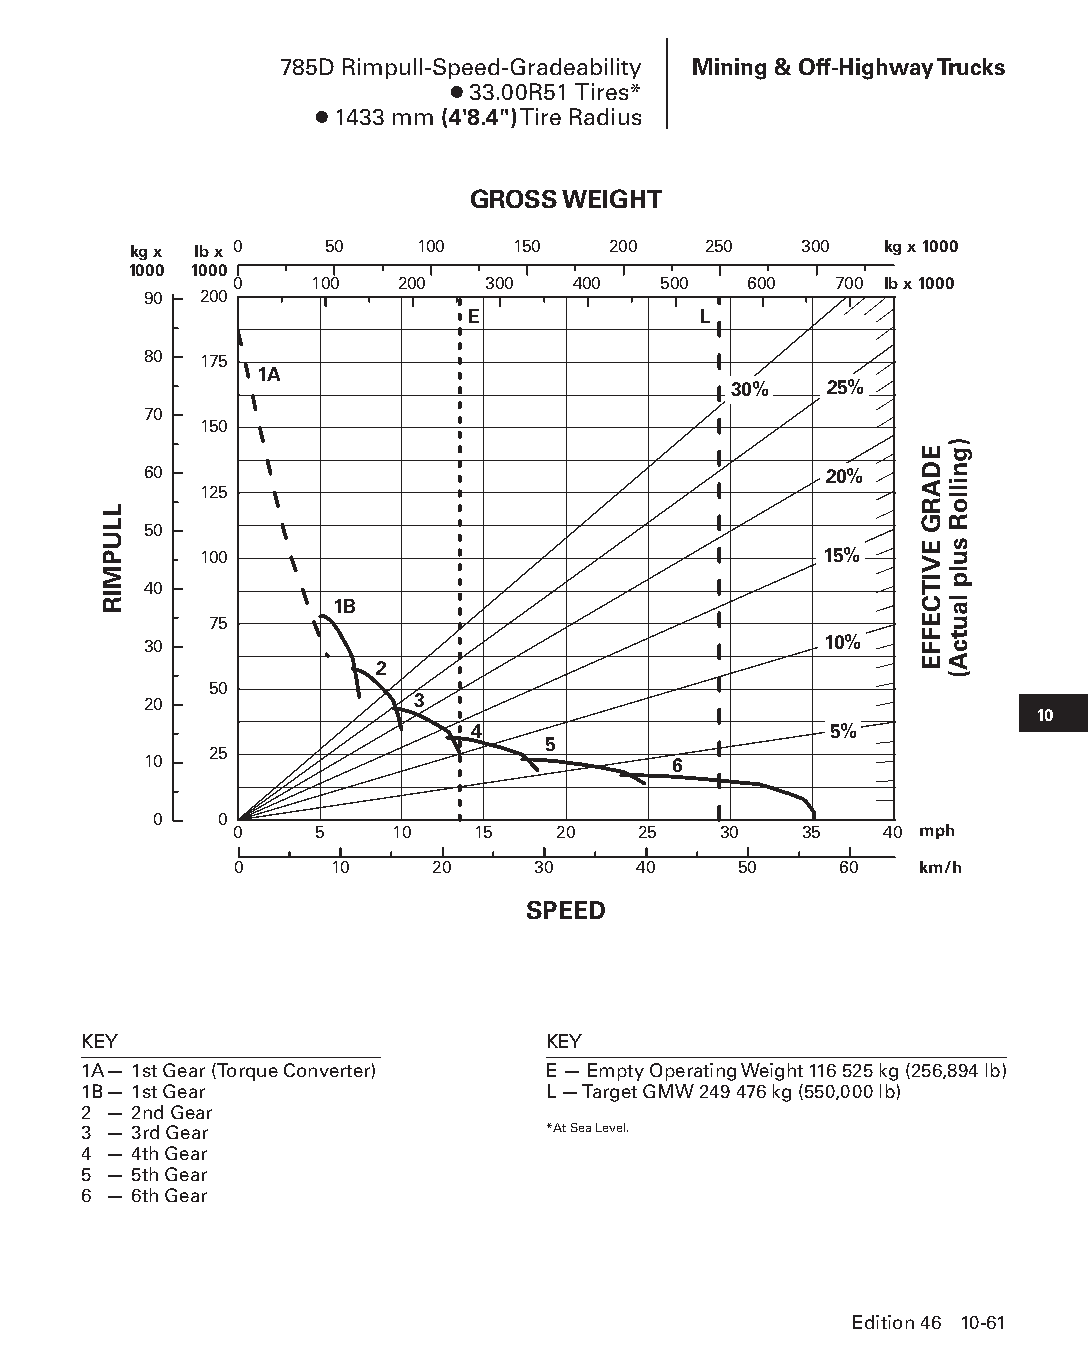
785D Rimpull-Speed-Gradeability Mining & Off-Highway Trucks
 ● 33.00R51 Tires*
 ● 1433 mm (4'8.4") Tire Radius
 GROSS  WEIGHT
 kg x lb x 0  50    100   150    200   250   300   kg x 1000
 1000 1000
 0    100   200   300  400   500   600   700 lb x 1000
 90  200
 E               L
 80  175
 1A
 30%   25%
 70
 150
 60                                           20%
 125
 50
 100                                      15%
 40
 1B
 75
 30                                           10%
 2
 50
 20                3
 10
 4                      5%
 5
 25
 10                                 6
 0   0
 0    5    10    15   20    25   30   35    40 mph
 0     10     20     30    40     50     60   km/h
 SPEED
 KEY                            KEY
 1A — 1st Gear (Torque Converter) E — Empty Operating Weight 116 525 kg (256,894 lb)
 1B — 1st Gear                  L — Target GMW 249 476 kg (550,000 lb)
 2 — 2nd Gear
 3 — 3rd Gear                   *At Sea Level.
 4 — 4th Gear
 5 — 5th Gear
 6 — 6th Gear
 Edition 46 10-61
 PPHHBB--SSeecc1100((ppgg5533--8844))..iinndddd 6611            1122//44//1155 1100::4455 AAMM
 LLUPMIR
 EDARG
 EVITCEFFE
 )gnilloR
 sulp
 lautcA(